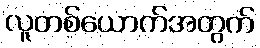
လူတစ်ယောက်အတွက်